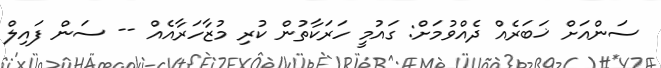
ސަންއަށް ޚަބަރެއް ދެއްވުމަށް: ގައުމީ ހަރަކާތުން ކުރި މުޒާހަރާއެއް -- ސަން ފައިލް